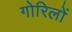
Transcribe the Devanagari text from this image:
गोरिलों